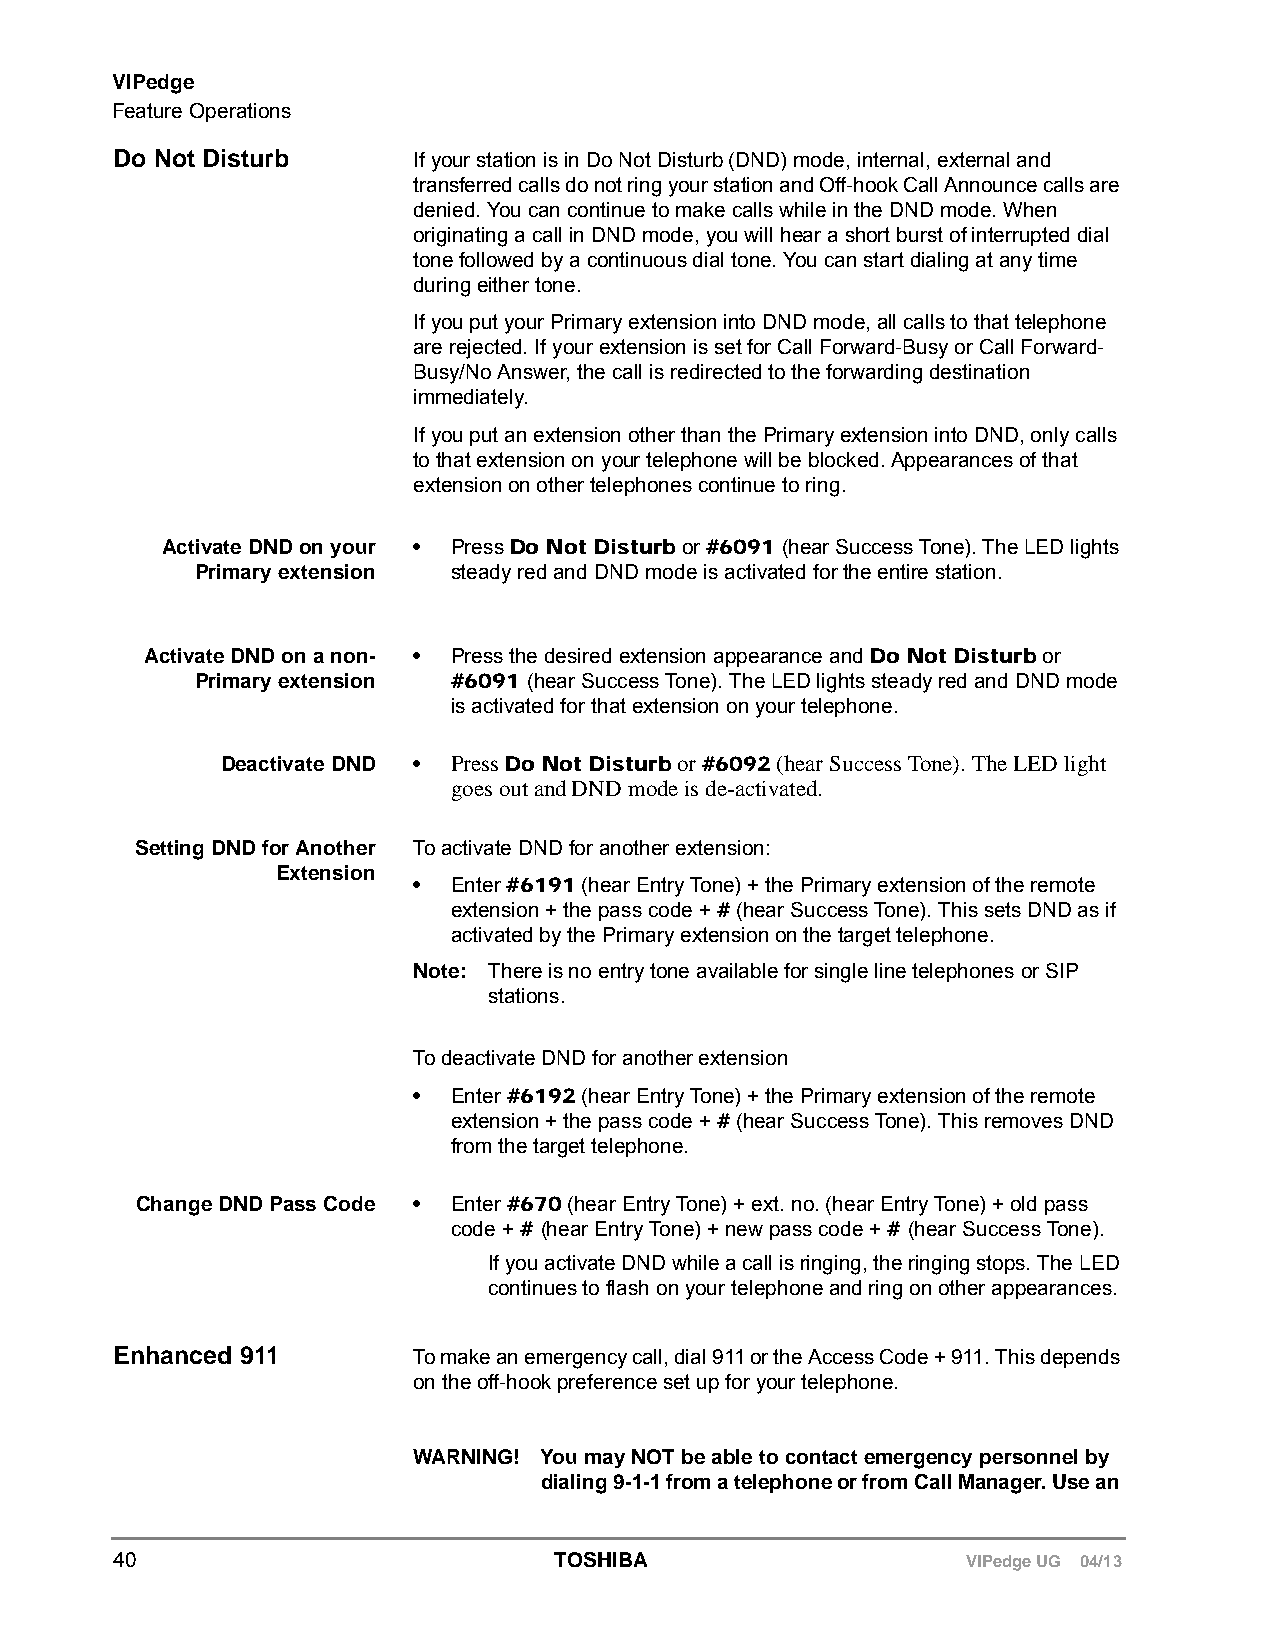
VIPedge
 Feature Operations
 Do Not Disturb     If your station is in Do Not Disturb (DND) mode, internal, external and
 transferred calls do not ring your station and Off-hook Call Announce calls are
 denied. You can continue to make calls while in the DND mode. When
 originating a call in DND mode, you will hear a short burst of interrupted dial
 tone followed by a continuous dial tone. You can start dialing at any time
 during either tone.
 If you put your Primary extension into DND mode, all calls to that telephone
 are rejected. If your extension is set for Call Forward-Busy or Call Forward-
 Busy/No Answer, the call is redirected to the forwarding destination
 immediately.
 If you put an extension other than the Primary extension into DND, only calls
 to that extension on your telephone will be blocked. Appearances of that
 extension on other telephones continue to ring.
 Activate DND on your • Press Do Not Disturb or #6091 (hear Success Tone). The LED lights
 Primary extension steady red and DND mode is activated for the entire station.
 Activate DND on a non- • Press the desired extension appearance and Do Not Disturb or
 Primary extension #6091 (hear Success Tone). The LED lights steady red and DND mode
 is activated for that extension on your telephone.
 Deactivate DND • Press Do Not Disturb or #6092 (hear Success Tone). The LED light
 goes out and DND mode is de-activated.
 Setting DND for Another To activate DND for another extension:
 Extension
 •  Enter #6191 (hear Entry Tone) + the Primary extension of the remote
 extension + the pass code + # (hear Success Tone). This sets DND as if
 activated by the Primary extension on the target telephone.
 Note: There is no entry tone available for single line telephones or SIP
 stations.
 To deactivate DND for another extension
 •  Enter #6192 (hear Entry Tone) + the Primary extension of the remote
 extension + the pass code + # (hear Success Tone). This removes DND
 from the target telephone.
 Change DND Pass Code • Enter #670 (hear Entry Tone) + ext. no. (hear Entry Tone) + old pass
 code + # (hear Entry Tone) + new pass code + # (hear Success Tone).
 If you activate DND while a call is ringing, the ringing stops. The LED
 continues to flash on your telephone and ring on other appearances.
 Enhanced 911       To make an emergency call, dial 911 or the Access Code + 911. This depends
 on the off-hook preference set up for your telephone.
 WARNING! You may NOT be able to contact emergency personnel by
 dialing 9-1-1 from a telephone or from Call Manager. Use an
 40                           TOSHIBA                    VIPedge UG 04/13